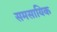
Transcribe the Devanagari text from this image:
समसायिक